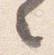
々